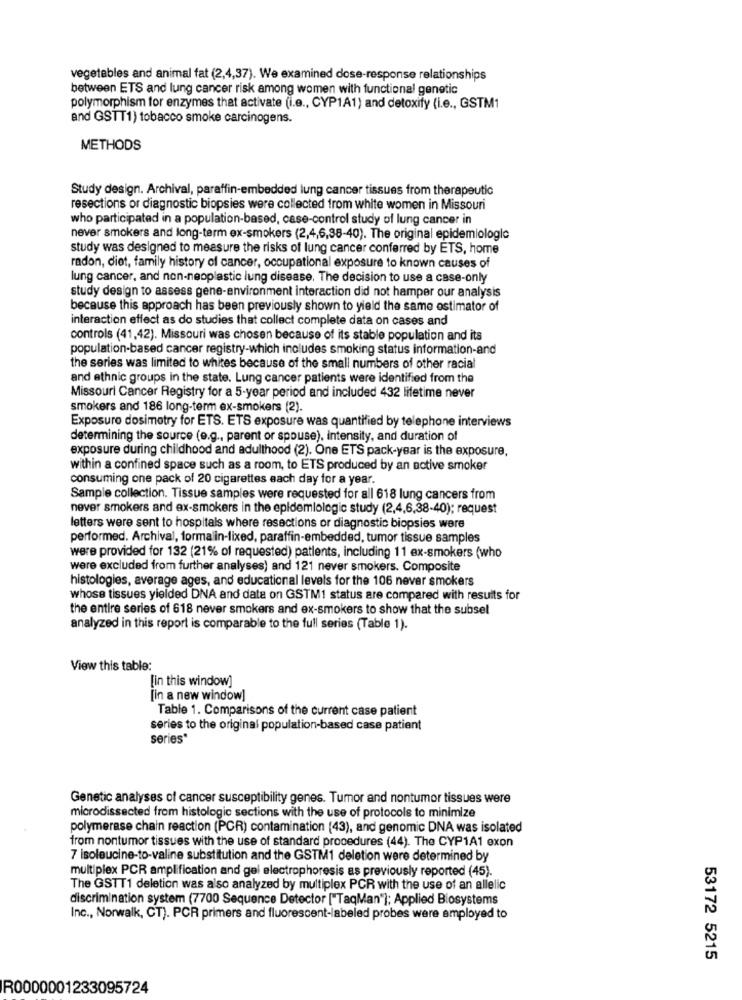
vegetables and animal fat (2,4,37). We examined dose-response relationships
between ETS and lung cancer risk among women with functional genetic
polymorphism for enzymes that activate (i.e ., CYP1A1) and detoxify (i.e ., GSTM1
and GSTT1) tobacco smoke carcinogens.
METHODS
Study design. Archival, paraffin-embedded lung cancer tissues from therapeutic
resections or diagnostic biopsies were collected from white women in Missouri
who participated in a population-based, case-control study of lung cancer in
never smokers and long-term ex-smokers (2,4,6,38-40). The original epidemiologic
study was designed to measure the risks of lung cancer conferred by ETS, home
radon, diet, family history of cancer, occupational exposure to known causes of
lung cancer, and non-neoplastic lung disease. The decision to use a case-only
study design to assess gene-environment interaction did not hamper our analysis
because this approach has been previously shown to yield the same estimator of
interaction effect as do studies that collect complete data on cases and
controls (41,42). Missouri was chosen because of its stable population and its
population-based cancer registry-which includes smoking status information-and
the series was limited to whites because of the small numbers of other racial
and ethnic groups in the state. Lung cancer patients were identified from the
Missouri Cancer Registry for a 5-year period and included 432 lifetime never
smokers and 186 long-term ex-smokers (2).
Exposure dosimetry for ETS. ETS exposure was quantified by telephone interviews
determining the source (e.g ., parent or spouse), intensity, and duration of
exposure during childhood and adulthood (2). One ETS pack-year is the exposure,
within a confined space such as a room, to ETS produced by an active smoker
consuming one pack of 20 cigarettes each day for a year.
Sample collection. Tissue samples were requested for all 618 lung cancers from
never smokers and ex-smokers in the epidemiologic study (2,4,6,38-40); request
letters were sent to hospitals where resections or diagnostic biopsies were
performed. Archival, formalin-lixed, paraffin-embedded, tumor tissue samples
were provided for 132 (21% of requested) patients, including 11 ex-smokers (who
were excluded from further analyses) and 121 never smokers. Composite
histologies, average ages, and educational levels for the 106 never smokers
whose tissues yielded DNA and date on GSTM1 status are compared with results for
the entire series of 618 never smokers and ex-smokers to show that the subsel
analyzed in this report is comparable to the full series (Table 1).
View this table:
[in this window]
[in a new window]
Table 1. Comparisons of the current case patient
series to the original population-based case patient
series*
Genetic analyses of cancer susceptibility genes. Tumor and nontumor tissues were
microdissected from histologic sections with the use of protocols to minimize
polymerase chain reaction (PCR) contamination (43), and genomic DNA was isolated
from nontumor tissues with the use of standard procedures (44). The CYP1A1 exon
7 isoleucine-to-valine substitution and the GSTM1 deletion were determined by
multiplex PCR amplification and gel electrophoresis as previously reported (45).
The GSTT1 deletion was also analyzed by multiplex PCR with the use of an allelic
discrimination system (7700 Sequence Detector ["TaqMan"]; Applied Biosystems
Inc ., Norwalk, CT). PCR primers and fluorescent-labeled probes were employed to
53172 5215
R0000001233095724